Scientific memoirs by medical officers of the Army of India - Part VII,
Year: 1892
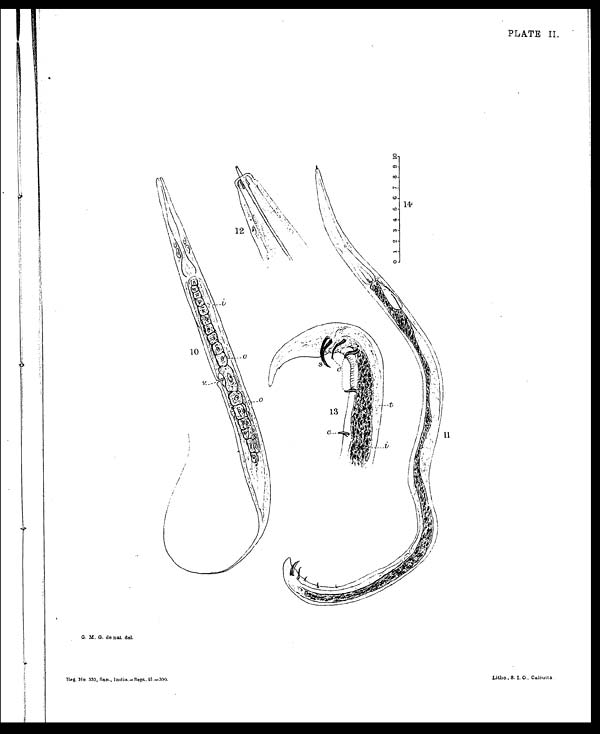
Reg. No 333, San., India.— Sept. 9l.—300.
Litho., S. I. O., Calcutta
PLATE II.
G. M. G. denat del.